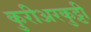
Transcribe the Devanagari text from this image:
कुरीअरकुट्टी